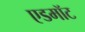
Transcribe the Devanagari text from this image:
एडमॉट